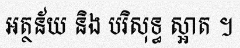
អត្ថន័យ និង បរិសុទ្ធ ស្អាត ។